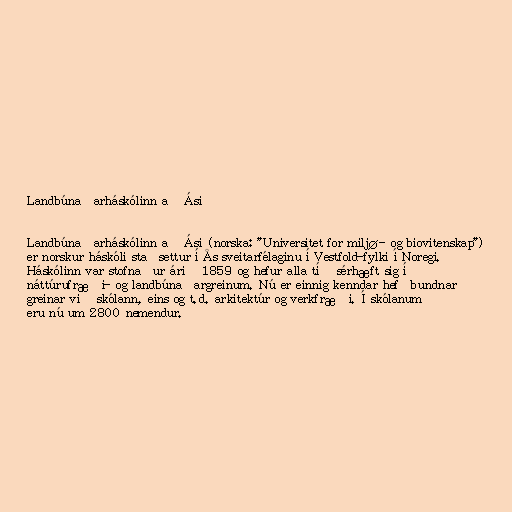
Landbúnaðarháskólinn að Ási

Landbúnaðarháskólinn að Ási (norska: "Universitet for miljø- og biovitenskap")
er norskur háskóli staðsettur í Ås sveitarfélaginu í Vestfold-fylki í Noregi.
Háskólinn var stofnaður árið 1859 og hefur alla tíð sérhæft sig í
náttúrufræði- og landbúnaðargreinum. Nú er einnig kenndar hefðbundnar
greinar við skólann, eins og t.d. arkitektúr og verkfræði. Í skólanum
eru nú um 2800 nemendur.